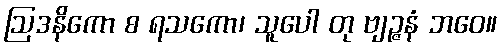
ဩဒနိကော စ ရသကော၊ သူပေါ တု ဗျဉ္ဇနံ ဘဝေ။